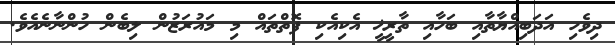
ދިވެހި އަދަބިއްޔާތާއި ބަހާއި ތާރީޚީ އެކިއެކި ފޮތްތައް މި މައުރަޒުން ލިބެން ހުންނާނެއެވެ.